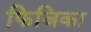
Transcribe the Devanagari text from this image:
फिजिका